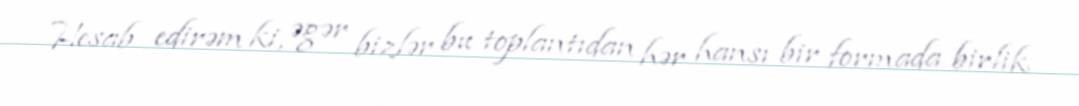
Hesab edirəm ki, əgər bizlər bu toplantıdan hər hansı bir formada birlik